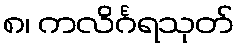
၈၊ ကလိင်္ဂရသုတ်